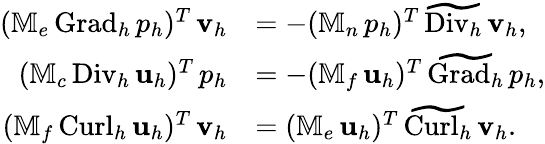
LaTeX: \begin{array}{rl}{(\mathbb{M}_{e}\, {\mathrm{Grad}_{h}}\, p_{h})^{T}\, \mathbf{v}_{h}}&{=-(\mathbb{M}_{n}\, p_{h})^{T}\, \widetilde{\mathrm{Div}_{h}}\, \mathbf{v}_{h},}\\ {(\mathbb{M}_{c}\, {\mathrm{Div}_{h}}\, \mathbf{u}_{h})^{T}\, p_{h}}&{=-(\mathbb{M}_{f}\, \mathbf{u}_{h})^{T}\, \widetilde{\mathrm{Grad}_{h}}\, p_{h},}\\ {(\mathbb{M}_{f}\, {\mathrm{Curl}_{h}}\, \mathbf{u}_{h})^{T}\, \mathbf{v}_{h}}&{=(\mathbb{M}_{e}\, \mathbf{u}_{h})^{T}\, \widetilde{\mathrm{Curl}_{h}}\, \mathbf{v}_{h}.}\end{array}